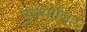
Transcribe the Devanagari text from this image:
पूर्वयोजित